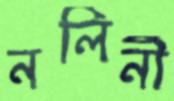
নলিনী